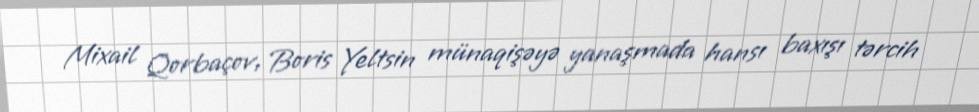
Mixail Qorbaçov, Boris Yeltsin münaqişəyə yanaşmada hansı baxışı tərcih